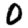
Digit: 0